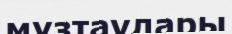
мұзтаулары